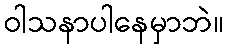
ဝါသနာပါနေမှာဘဲ။